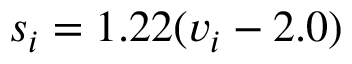
s _ { i } = 1 . 2 2 ( v _ { i } - 2 . 0 ) \